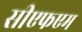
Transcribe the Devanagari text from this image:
सीएफएम